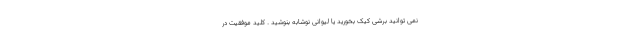
نمی توانید برشی کیک بخورید یا لیوانی نوشابه بنوشید . کلید موفقیت در